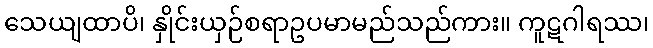
သေယျထာပိ၊ နှိုင်းယှဉ်စရာဥပမာမည်သည်ကား။ ကူဋဂါရဿ၊